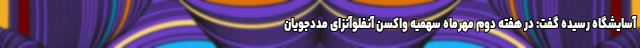
آسایشگاه رسیده گفت: در هفته دوم مهرماه سهمیه واکسن آنفلوآنزای مددجویان